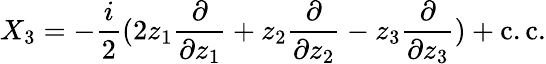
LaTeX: X_{3}=-\frac{i}{2}(2z_{1}\frac{\partial}{\partial z_{1}}+z_{2}\frac{\partial}{\partial z_{2}}-z_{3}\frac{\partial}{\partial z_{3}})+\mathrm{c.c}.